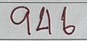
946